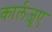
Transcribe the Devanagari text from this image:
कार्लज़ूए